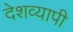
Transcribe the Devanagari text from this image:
देशव्‍यापी